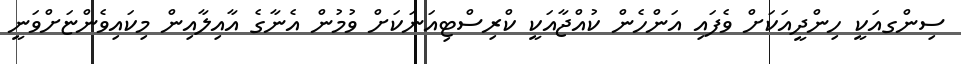
ސިންގއަކީ ހިންދީއަކަށް ވެފައި އަންހެން ކުއްޖާއަކީ ކްރިސްޓިއަނަކަށް ވުމުން އެނާގެ އާއިލާއިން މިކައިވެންޏަށްވަނީ